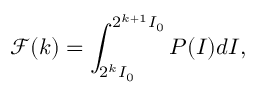
\mathscr { F } ( k ) = \int _ { 2 ^ { k } I _ { 0 } } ^ { 2 ^ { k + 1 } I _ { 0 } } P ( I ) d I ,